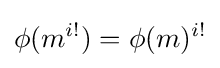
\phi (m^{i!})=\phi (m)^{i!}